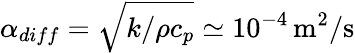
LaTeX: \alpha_{diff}=\sqrt{k/\rho c_{p}}\simeq 10^{-4}\, \mathrm{m^{2}/s}